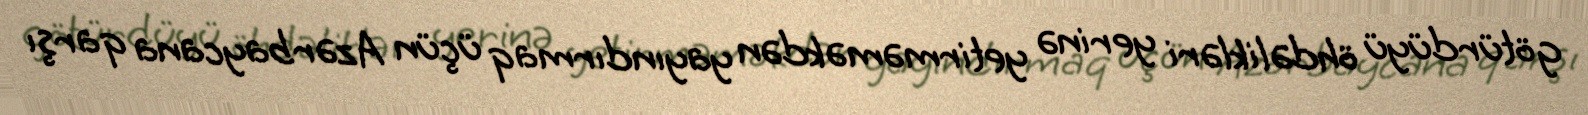
götürdüyü öhdəlikləri yerinə yetirməməkdən yayındırmaq üçün Azərbaycana qarşı